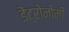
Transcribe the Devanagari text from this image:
डेंट्रोनोमी